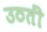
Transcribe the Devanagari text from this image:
उठतीं